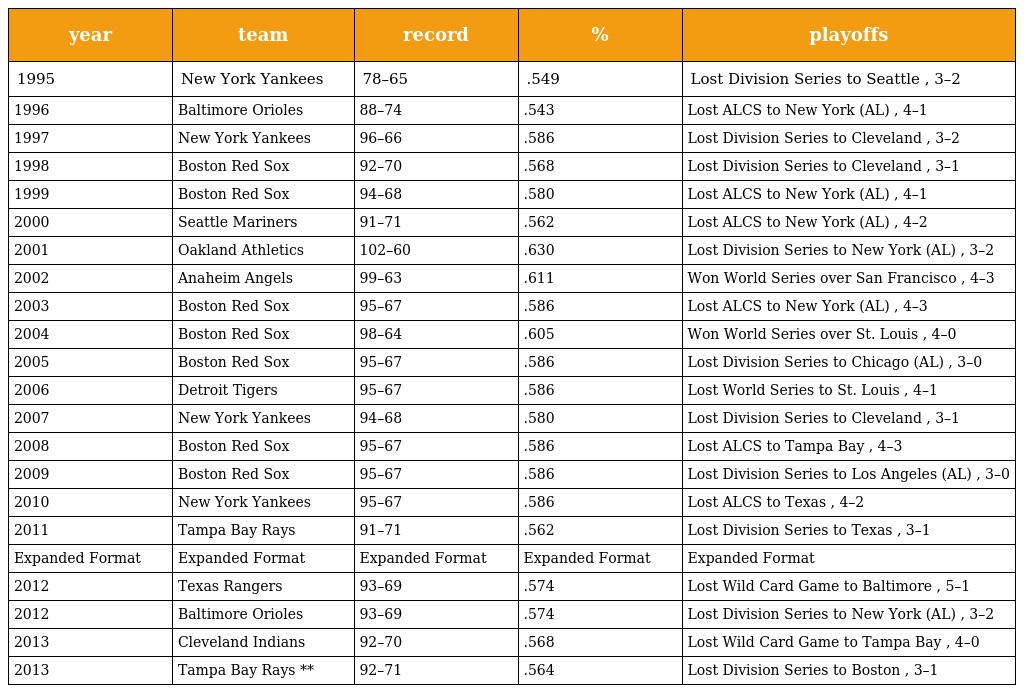
| year | team | record | % | playoffs |
 | --- | --- | --- | --- | --- |
 | 1995 | New York Yankees | 78–65 | .549 | Lost Division Series to Seattle , 3–2 |
 | 1996 | Baltimore Orioles | 88–74 | .543 | Lost ALCS to New York (AL) , 4–1 |
 | 1997 | New York Yankees | 96–66 | .586 | Lost Division Series to Cleveland , 3–2 |
 | 1998 | Boston Red Sox | 92–70 | .568 | Lost Division Series to Cleveland , 3–1 |
 | 1999 | Boston Red Sox | 94–68 | .580 | Lost ALCS to New York (AL) , 4–1 |
 | 2000 | Seattle Mariners | 91–71 | .562 | Lost ALCS to New York (AL) , 4–2 |
 | 2001 | Oakland Athletics | 102–60 | .630 | Lost Division Series to New York (AL) , 3–2 |
 | 2002 | Anaheim Angels | 99–63 | .611 | Won World Series over San Francisco , 4–3 |
 | 2003 | Boston Red Sox | 95–67 | .586 | Lost ALCS to New York (AL) , 4–3 |
 | 2004 | Boston Red Sox | 98–64 | .605 | Won World Series over St. Louis , 4–0 |
 | 2005 | Boston Red Sox | 95–67 | .586 | Lost Division Series to Chicago (AL) , 3–0 |
 | 2006 | Detroit Tigers | 95–67 | .586 | Lost World Series to St. Louis , 4–1 |
 | 2007 | New York Yankees | 94–68 | .580 | Lost Division Series to Cleveland , 3–1 |
 | 2008 | Boston Red Sox | 95–67 | .586 | Lost ALCS to Tampa Bay , 4–3 |
 | 2009 | Boston Red Sox | 95–67 | .586 | Lost Division Series to Los Angeles (AL) , 3–0 |
 | 2010 | New York Yankees | 95–67 | .586 | Lost ALCS to Texas , 4–2 |
 | 2011 | Tampa Bay Rays | 91–71 | .562 | Lost Division Series to Texas , 3–1 |
 | Expanded Format | Expanded Format | Expanded Format | Expanded Format | Expanded Format |
 | 2012 | Texas Rangers | 93–69 | .574 | Lost Wild Card Game to Baltimore , 5–1 |
 | 2012 | Baltimore Orioles | 93–69 | .574 | Lost Division Series to New York (AL) , 3–2 |
 | 2013 | Cleveland Indians | 92–70 | .568 | Lost Wild Card Game to Tampa Bay , 4–0 |
 | 2013 | Tampa Bay Rays ** | 92–71 | .564 | Lost Division Series to Boston , 3–1 |